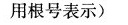
用根号表示)